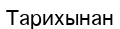
Тарихынан